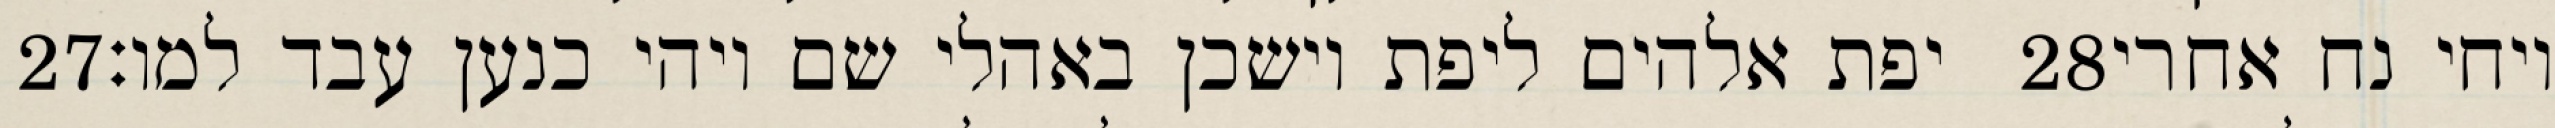
‎27‏ יפת אלהים ליפת וישכן באהלי שם ויהי כנען עבד למו׃ ‎28‏ ויחי נח אחרי